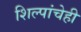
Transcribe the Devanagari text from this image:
शिल्पांचेही